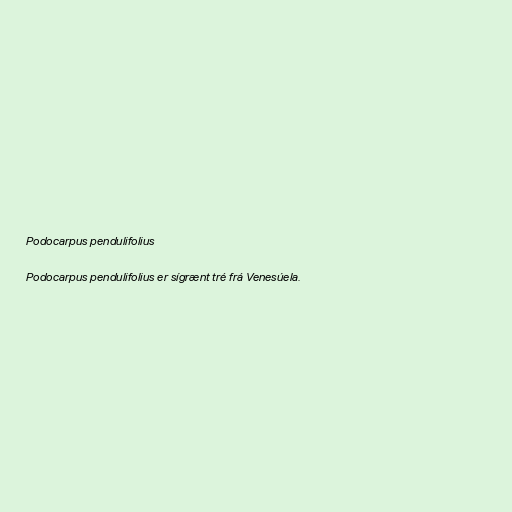
Podocarpus pendulifolius

Podocarpus pendulifolius er sígrænt tré frá Venesúela.